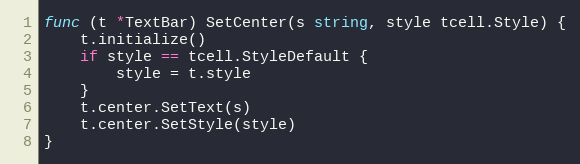
Language: Go
func (t *TextBar) SetCenter(s string, style tcell.Style) {
	t.initialize()
	if style == tcell.StyleDefault {
		style = t.style
	}
	t.center.SetText(s)
	t.center.SetStyle(style)
}